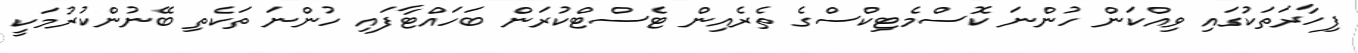
ފިހާރަތަކުގައި ވިއްކަން ހުންނަ ކޮސްމެޓިކްސްގެ ތެރެއިން ޓެސްޓްކުރަން ބަހައްޓާފައި ހުންނަ ތަކެތި ބޭނުންކުރުމަކީ